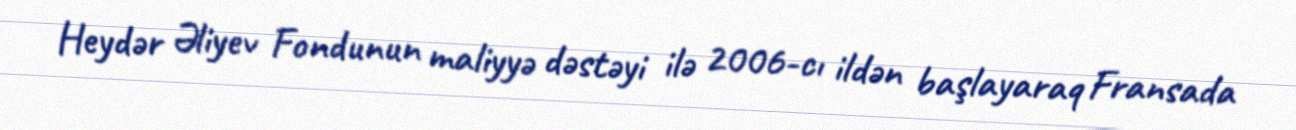
Heydər Əliyev Fondunun maliyyə dəstəyi ilə 2006-cı ildən başlayaraq Fransada